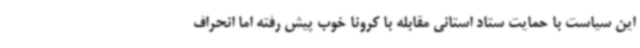
این سیاست با حمایت ستاد استانی مقابله با کرونا خوب پیش رفته اما انحراف